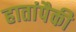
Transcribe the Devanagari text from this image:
हातांपैकी